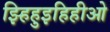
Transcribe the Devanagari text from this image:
झ्हिहुइहिहीओ